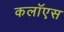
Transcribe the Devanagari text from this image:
कलॉएस